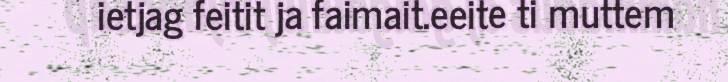
ietjag feitit ja faimait.eeite ti muttem